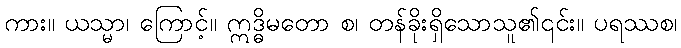
ကား။ ယသ္မာ၊ ကြောင့်။ ဣဒ္ဓိမတော စ၊ တန်ခိုးရှိသောသူ၏၎င်း။ ပရဿစ၊